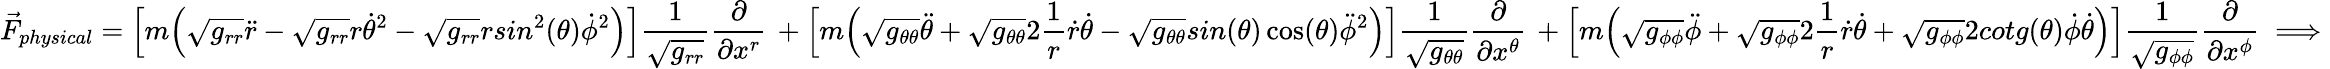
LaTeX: \vec{F}_{physical}=\Big[m\Big(\sqrt{g_{rr}}\ddot{r}-\sqrt{g_{rr}}r\dot{\theta}^{2}-\sqrt{g_{rr}}rsin^{2}(\theta)\dot{\phi}^{2}\Big)\Big]\frac{1}{\sqrt{g_{rr}}}\frac{\partial}{\partial x^{r}}\, +\Big[m\Big(\sqrt{g_{\theta\theta}}\ddot{\theta}+\sqrt{g_{\theta\theta}}2\frac{1}{r}\dot{r}\dot{\theta}-\sqrt{g_{\theta\theta}}sin(\theta)\cos(\theta)\ddot{\phi}^{2}\Big)\Big]\frac{1}{\sqrt{g_{\theta\theta}}}\frac{\partial}{\partial x^{\theta}}\, +\Big[m\Big(\sqrt{g_{\phi\phi}}\ddot{\phi}+\sqrt{g_{\phi\phi}}2\frac{1}{r}\dot{r}\dot{\theta}+\sqrt{g_{\phi\phi}}2cotg(\theta)\dot{\phi}\dot{\theta}\Big)\Big]\frac{1}{\sqrt{g_{\phi\phi}}}\frac{\partial}{\partial x^{\phi}}\implies